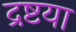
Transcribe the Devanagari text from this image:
द्रष्टया